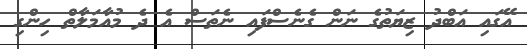
އޭގައި އަބްދު ޒިޔަތުގެ ނަން ގެނެސްފައި ނެތަސް އެ ދެ މުއާމަލާތް ހިންގި